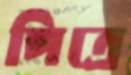
পিত্রে